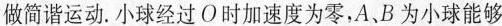
做简谐运动.小球经过O时加速度为零，A、B为小球能够